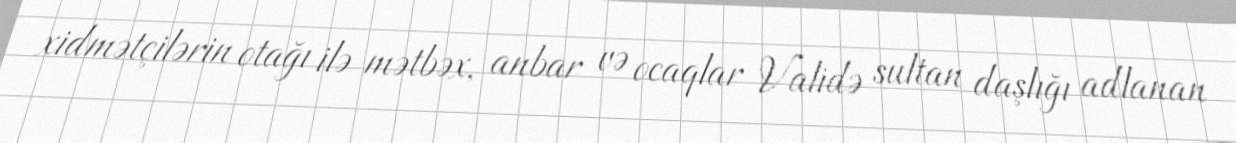
xidmətçilərin otağı ilə mətbəx, anbar və ocaqlar Validə sultan daşlığı adlanan